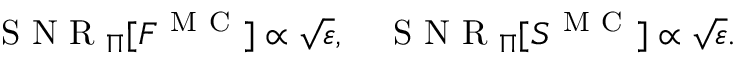
\mathrm { ~ S ~ N ~ R ~ } _ { \Pi } [ F ^ { \mathrm { ~ M ~ C ~ } } ] \propto \sqrt { \varepsilon } , \quad \mathrm { ~ S ~ N ~ R ~ } _ { \Pi } [ S ^ { \mathrm { ~ M ~ C ~ } } ] \propto \sqrt { \varepsilon } .